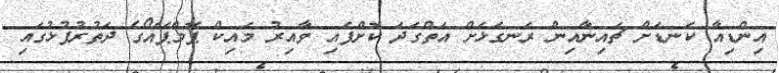
އިންޑިއާ ކަނޑަށް ޗައިނާއިން ރަނގަޅަށް އަތްގަދަ ކޮށްފައި ވާއިރު މައިކް ޕޮމްޕޭއޯގެ ދަތުރުފުޅުގައި